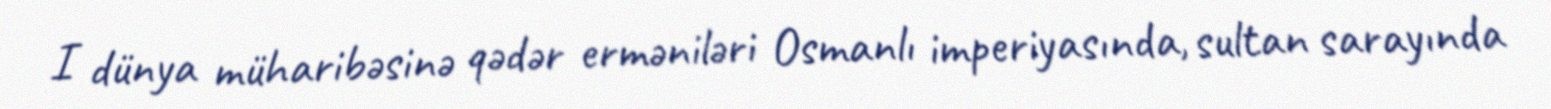
I dünya müharibəsinə qədər erməniləri Osmanlı imperiyasında, sultan sarayında